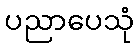
ပညာပေသုံ